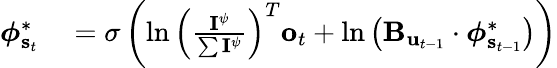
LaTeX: \begin{array}{rl}{\boldsymbol{\phi}_{\mathbf{s}_{t}}^{*}}&{{}=\sigma\left(\ln\left(\frac{\mathbf{I}^{\psi}}{\sum\mathbf{I}^{\psi}}\right)^{T}\mathbf{o}_{t}+\ln\left(\mathbf{B}_{\mathbf{u}_{t-1}}\cdot\boldsymbol{\phi}_{\mathbf{s}_{t-1}}^{*}\right)\right)}\end{array}